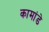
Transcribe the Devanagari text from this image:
कामांडे